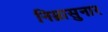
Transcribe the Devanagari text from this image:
निम्नासुनार